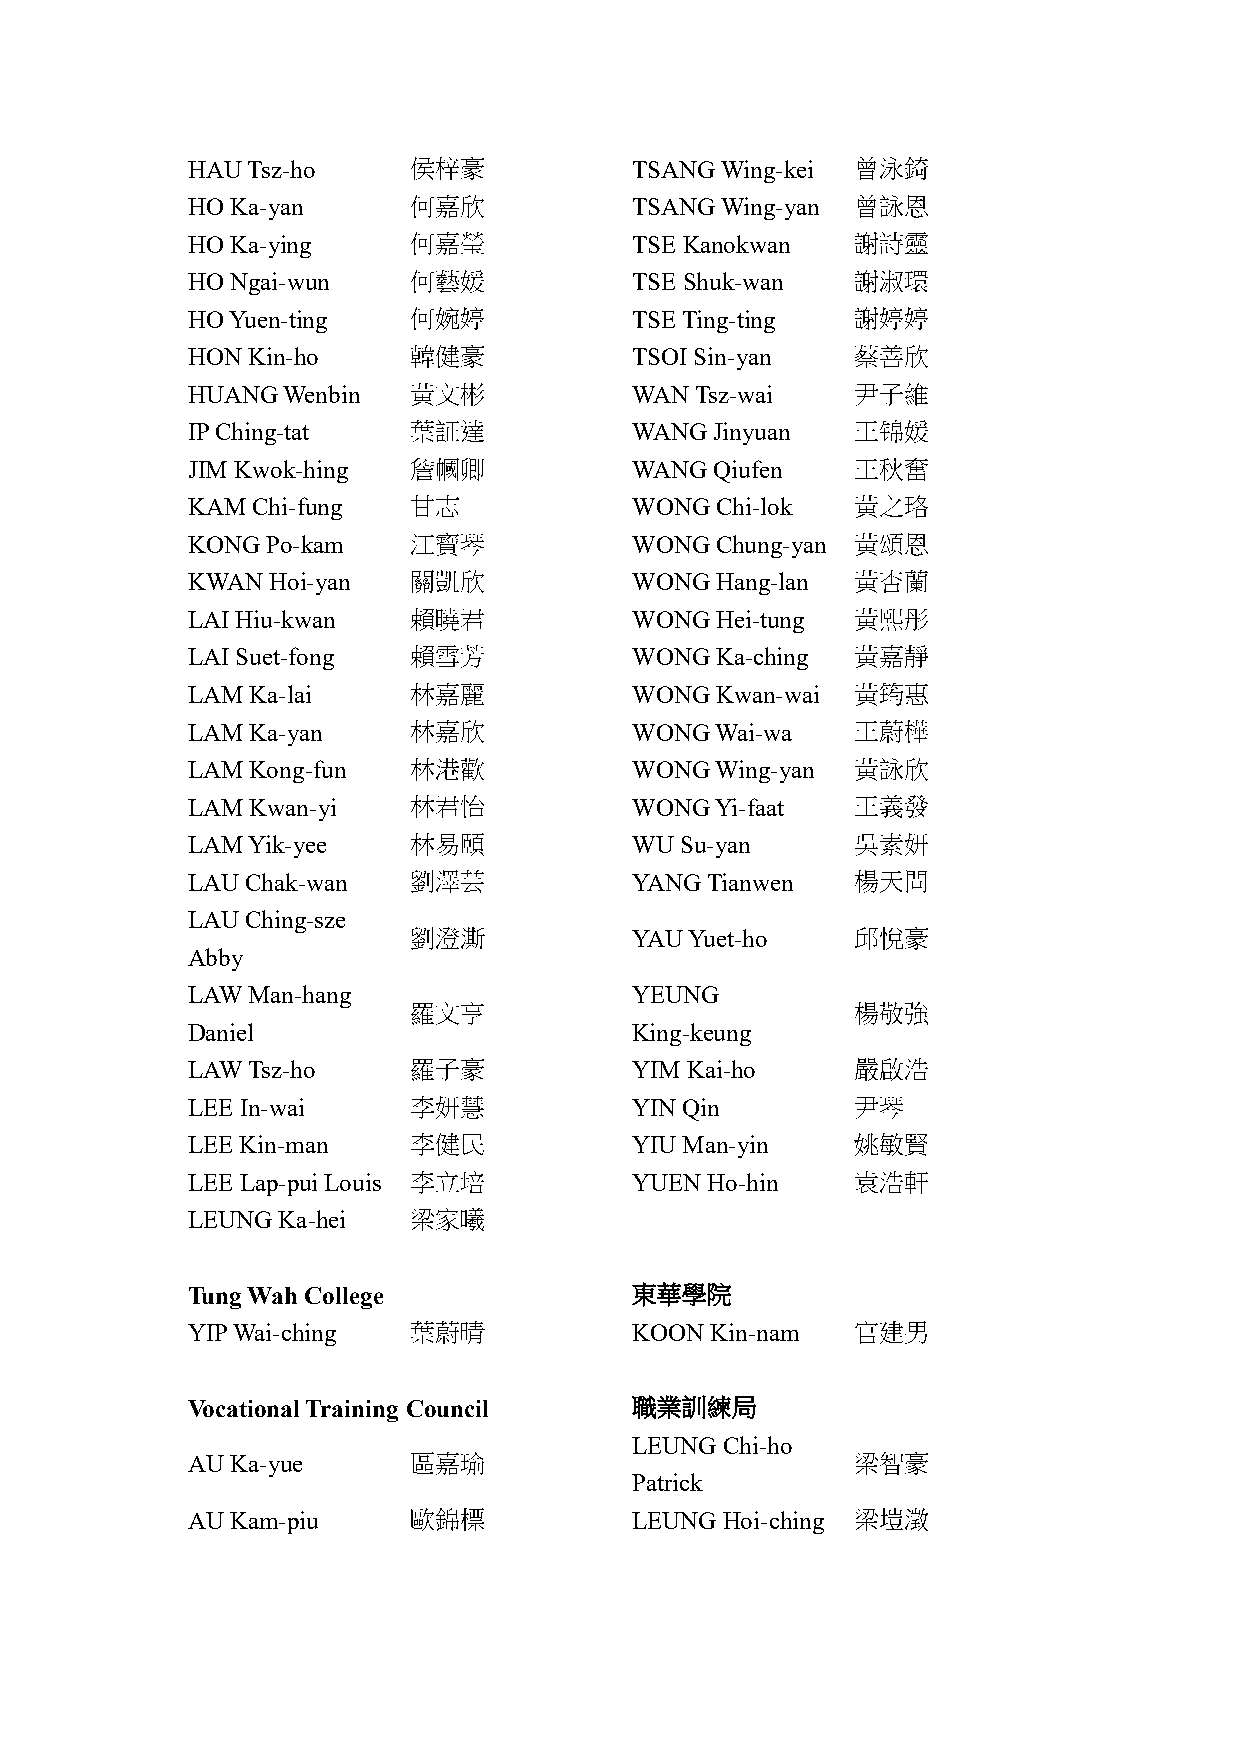
HAU Tsz-ho     侯梓豪            TSANG Wing-kei 曾泳錡
 HO Ka-yan      何嘉欣            TSANG Wing-yan 曾詠恩
 HO Ka-ying     何嘉瑩            TSE Kanokwan   謝詩靈
 HO Ngai-wun    何藝媛            TSE Shuk-wan   謝淑環
 HO Yuen-ting   何婉婷            TSE Ting-ting  謝婷婷
 HON Kin-ho     韓健豪            TSOI Sin-yan   蔡善欣
 HUANG  Wenbin  黃文彬            WAN Tsz-wai    尹子維
 IP Ching-tat   葉証達            WANG Jinyuan   王锦媛
 JIM Kwok-hing  詹幗卿            WANG Qiufen    王秋奮
 KAM  Chi-fung  甘志             WONG Chi-lok   黃之珞
 KONG  Po-kam   江寶琴            WONG Chung-yan 黃頌恩
 KWAN  Hoi-yan  關凱欣            WONG Hang-lan  黃杏蘭
 LAI Hiu-kwan   賴曉君            WONG Hei-tung  黃熙彤
 LAI Suet-fong  賴雪芳            WONG Ka-ching  黃嘉靜
 LAM Ka-lai     林嘉麗            WONG Kwan-wai  黃筠惠
 LAM Ka-yan     林嘉欣            WONG Wai-wa    王蔚樺
 LAM Kong-fun   林港歡            WONG Wing-yan  黃詠欣
 LAM Kwan-yi    林君怡            WONG Yi-faat   王義發
 LAM Yik-yee    林易頤            WU Su-yan      吳素妍
 LAU Chak-wan   劉澤芸            YANG Tianwen   楊天問
 LAU Ching-sze
 劉澄澌            YAU Yuet-ho    邱悅豪
 Abby
 LAW Man-hang                  YEUNG
 羅文亨                           楊敬強
 Daniel                        King-keung
 LAW Tsz-ho     羅子豪            YIM Kai-ho     嚴啟浩
 LEE In-wai     李妍慧            YIN Qin        尹琴
 LEE Kin-man    李健民            YIU Man-yin    姚敏賢
 LEE Lap-pui Louis 李立培         YUEN Ho-hin    袁浩軒
 LEUNG Ka-hei   梁家曦
 Tung Wah College              東華學院
 YIP Wai-ching  葉蔚晴            KOON Kin-nam   官建男
 Vocational Training Council   職業訓練局
 LEUNG Chi-ho
 AU Ka-yue      區嘉瑜                           梁智豪
 Patrick
 AU Kam-piu     歐錦標            LEUNG Hoi-ching 梁塏澂